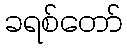
ခရစ်တော်